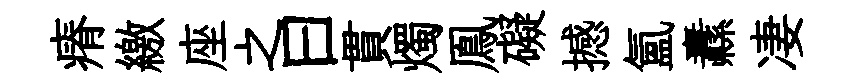
瘠繳座之曰貫燭鳯礙撼氳纛凄